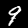
Digit: 9